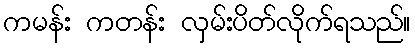
ကမန်း ကတန်း လှမ်းပိတ်လိုက်ရသည်။